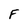
Character: F